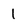
Character: l